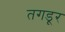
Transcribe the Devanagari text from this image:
तगडूर